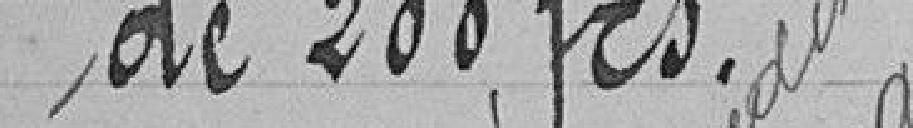
de 200 frs